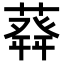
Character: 𦽬